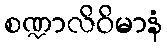
စဏ္ဍာလိဝိမာနံ